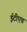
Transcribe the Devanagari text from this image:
ईटीएच